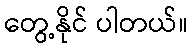
တွေ့နိုင် ပါတယ်။